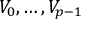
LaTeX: V _ { 0 } , \dots , V _ { p - 1 }